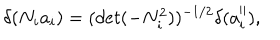
\delta ( N _ { i } a _ { i } ) = ( d e t ( - N _ { i } ^ { 2 } ) ) ^ { - 1 / 2 } \delta ( a _ { i } ^ { \parallel } ) ,